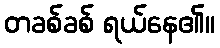
တခစ်ခစ် ရယ်နေ၏။